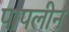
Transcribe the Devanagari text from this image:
पापलीन